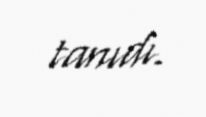
tanıdı.